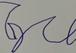
Signature authenticity: forged